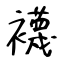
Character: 襪